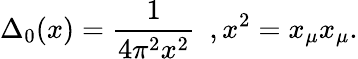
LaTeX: \Delta_{0}(x)=\frac{1}{4\pi^{2}x^{2}}\, \, \, ,x^{2}=x_{\mu}x_{\mu}.